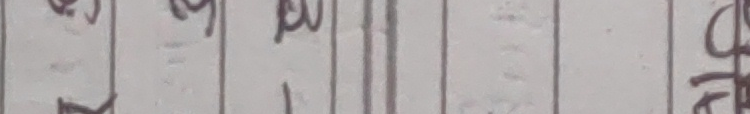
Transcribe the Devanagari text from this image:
छेत्र